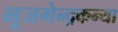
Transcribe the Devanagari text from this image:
भूजगेन्द्रकन्या